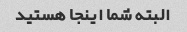
البته شما اینجا هستید